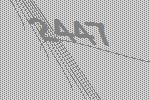
2447